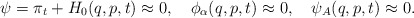
\begin{align*}\psi=\pi_t+H_0(q,p,t)\approx 0, \ \ \ \phi_\alpha(q,p,t)\approx 0, \ \ \ \psi_A(q,p,t)\approx 0.\end{align*}